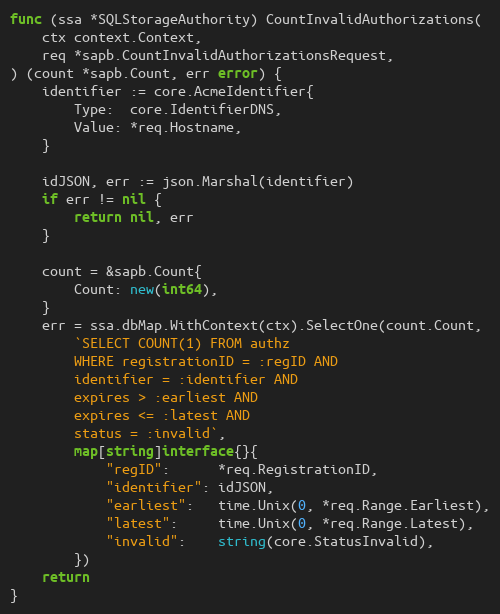
Language: Go
func (ssa *SQLStorageAuthority) CountInvalidAuthorizations(
	ctx context.Context,
	req *sapb.CountInvalidAuthorizationsRequest,
) (count *sapb.Count, err error) {
	identifier := core.AcmeIdentifier{
		Type:  core.IdentifierDNS,
		Value: *req.Hostname,
	}

	idJSON, err := json.Marshal(identifier)
	if err != nil {
		return nil, err
	}

	count = &sapb.Count{
		Count: new(int64),
	}
	err = ssa.dbMap.WithContext(ctx).SelectOne(count.Count,
		`SELECT COUNT(1) FROM authz
		WHERE registrationID = :regID AND
		identifier = :identifier AND
		expires > :earliest AND
		expires <= :latest AND
		status = :invalid`,
		map[string]interface{}{
			"regID":      *req.RegistrationID,
			"identifier": idJSON,
			"earliest":   time.Unix(0, *req.Range.Earliest),
			"latest":     time.Unix(0, *req.Range.Latest),
			"invalid":    string(core.StatusInvalid),
		})
	return
}